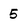
Character: 5